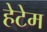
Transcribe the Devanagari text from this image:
हेटेम